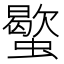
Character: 𧓃